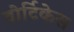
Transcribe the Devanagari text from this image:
वोर्टिकेस